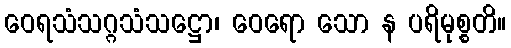
ဝေရသံသဂ္ဂသံသဋ္ဌော၊ ဝေရော သော န ပရိမုစ္စတိ။